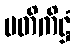
ပတိကိဋ္ဌံ